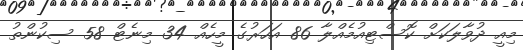
މިއީ ދުވާލަކަށް ކޮސްޓިއުމެއްލާ 86 އަހަރުގެ މީހެއް 34 މިނެޓް 58 ސިކުންތު